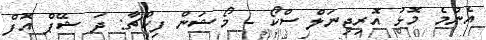
އެންމެ މޮޅު އޮރިޖިނަލް ސްކޯ - މޯޝަން ފިކްޗާ: ދަ ޝޭޕް އޮފް